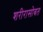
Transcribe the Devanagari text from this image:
शरीरासोबत